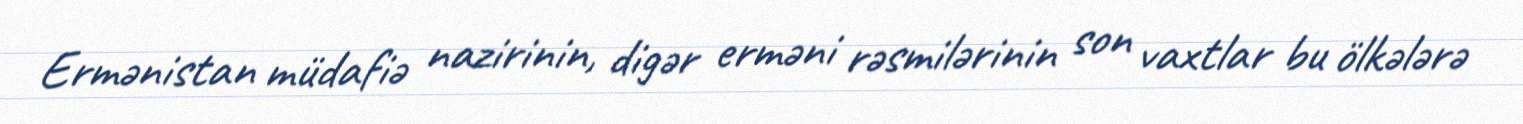
Ermənistan müdafiə nazirinin, digər erməni rəsmilərinin son vaxtlar bu ölkələrə